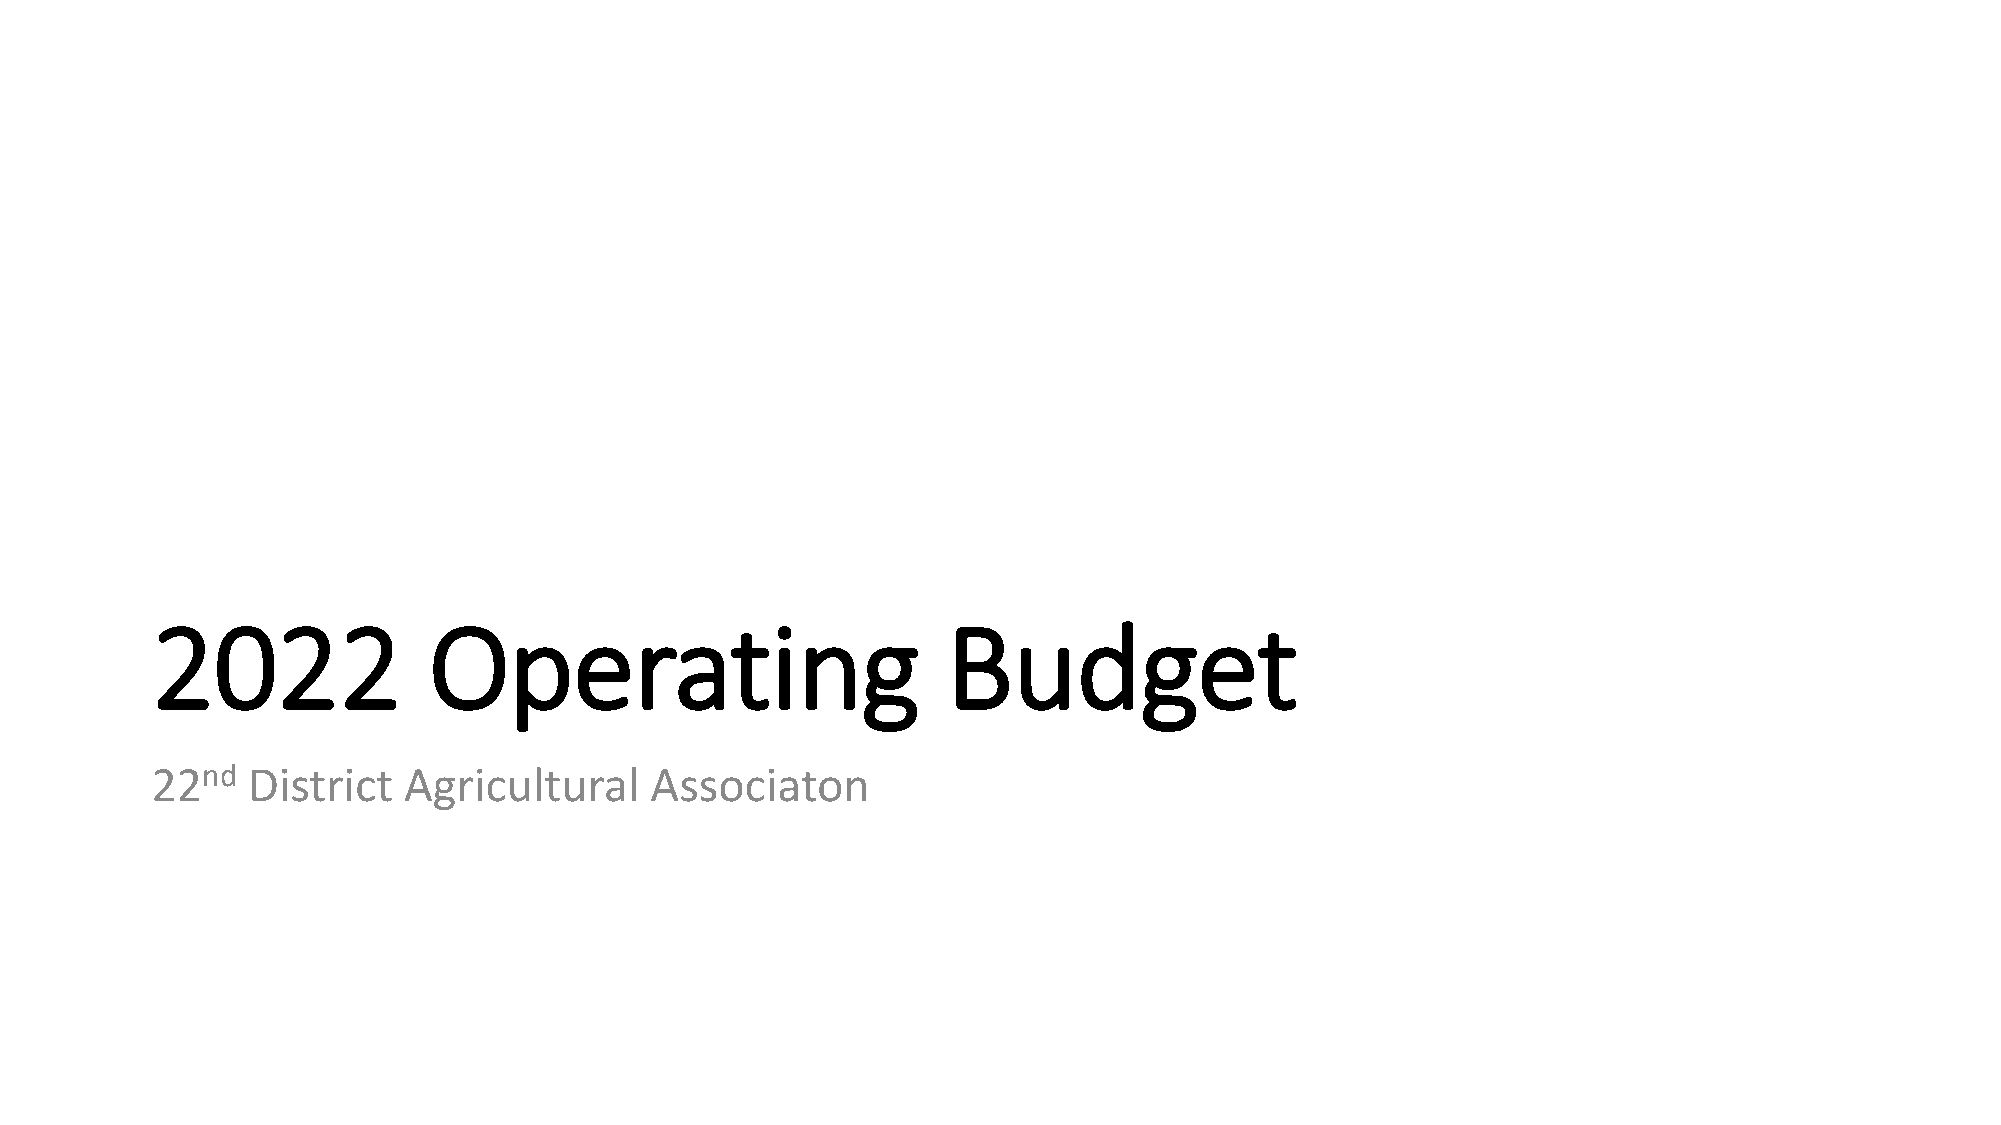
2022              Operating                          Budget
 22nd  District   Agricultural    Associaton